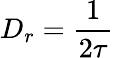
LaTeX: D_{r}=\frac{1}{2\tau}